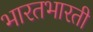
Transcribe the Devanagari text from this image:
भारतभारती